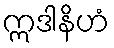
ဣဒါနိဟံ